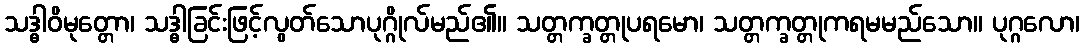
သဒ္ဓါဝိမုတ္တော၊ သဒ္ဓါခြင်းဖြင့်လွတ်သောပုဂ္ဂိုလ်မည်၏။ သတ္တက္ခတ္တုပရမော၊ သတ္တက္ခတ္တုကရမမည်သော။ ပုဂ္ဂလော၊